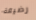
رضيعة